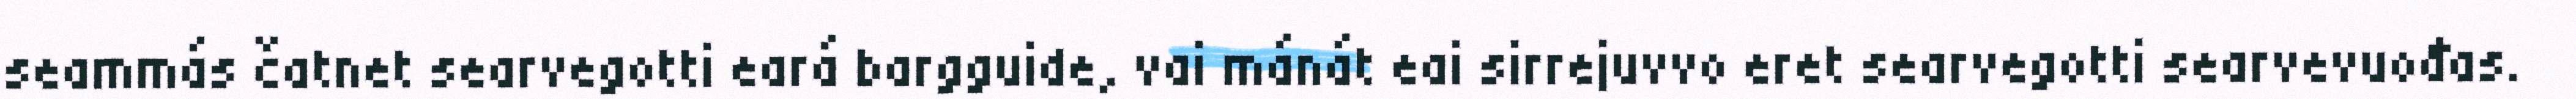
seammás čatnet searvegotti eará bargguide, vai mánát eai sirrejuvvo eret searvegotti searvevuođas.